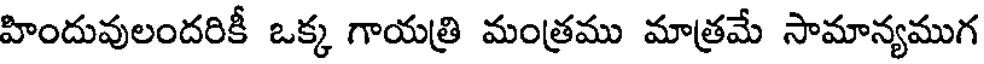
హిందువులందరికీ ఒక్క గాయత్రి మంత్రము మాత్రమే సామాన్యముగ